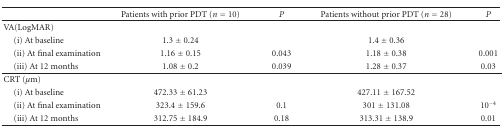
<table><thead><tr><td><b> </b></td><td><b>Patients with prior PDT (<i>n</i> = 10)</b></td><td><b><i>P</i></b></td><td><b>Patients without prior PDT (<i>n</i> = 28)</b></td><td><b><i>P </i></b></td></tr></thead><tbody><tr><td>VA(logMAR)</td><td></td><td></td><td></td><td></td></tr><tr><td> (i) At baseline</td><td>1.3 ± 0.24</td><td></td><td>1.4 ± 0.36</td><td></td></tr><tr><td> (ii) At final examination</td><td>1.16 ± 0.15</td><td>0.043</td><td>1.18 ± 0.38</td><td>0.001</td></tr><tr><td> (iii) At 12 months</td><td>1.08 ± 0.2</td><td>0.039</td><td>1.28 ± 0.37</td><td>0.03</td></tr><tr><td>CRT (<i>μ</i>m)</td><td></td><td></td><td></td><td></td></tr><tr><td> (i) At baseline</td><td>472.33 ± 61.23</td><td></td><td>427.11 ± 167.52</td><td></td></tr><tr><td> (ii) At final examination</td><td>323.4 ± 159.6</td><td>0.1</td><td>301 ± 131.08</td><td>10<sup>−4</sup></td></tr><tr><td> (iii) At 12 months</td><td>312.75 ± 184.9</td><td>0.18</td><td>313.31 ± 138.9</td><td>0.01</td></tr></tbody></table>